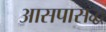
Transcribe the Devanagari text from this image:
आसपासद्ध